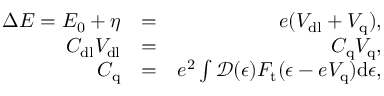
\begin{array} { r l r } { \Delta E = E _ { 0 } + \eta } & { = } & { e ( V _ { \mathrm { d l } } + V _ { \mathrm { q } } ) , } \\ { C _ { \mathrm { d l } } V _ { \mathrm { d l } } } & { = } & { C _ { \mathrm { q } } V _ { \mathrm { q } } , } \\ { C _ { \mathrm { q } } } & { = } & { e ^ { 2 } \int \mathcal { D } ( \epsilon ) F _ { \mathrm { t } } ( \epsilon - e V _ { \mathrm { q } } ) \mathrm { d } \epsilon , } \end{array}